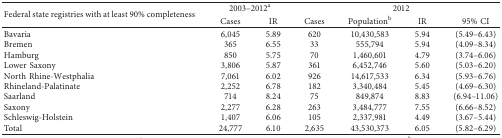
<table><thead><tr><td rowspan="2"><b>Federal state registries with at least 90% completeness</b></td><td colspan="2"><b>2003–2012<sup>a</sup></b></td><td colspan="4"><b>2012</b></td></tr><tr><td><b>Cases</b></td><td><b>IR</b></td><td><b>Cases</b></td><td><b>Population<sup>b</sup></b></td><td><b>IR</b></td><td><b>95% CI</b></td></tr></thead><tbody><tr><td>Bavaria</td><td>6,045</td><td>5.89</td><td>620</td><td>10,430,583</td><td>5.94</td><td>(5.49–6.43)</td></tr><tr><td>Bremen</td><td>365</td><td>6.55</td><td>33</td><td>555,794</td><td>5.94</td><td>(4.09–8.34)</td></tr><tr><td>Hamburg</td><td>850</td><td>5.75</td><td>70</td><td>1,460,601</td><td>4.79</td><td>(3.74–6.06)</td></tr><tr><td>Lower Saxony</td><td>3,806</td><td>5.87</td><td>361</td><td>6,452,746</td><td>5.60</td><td>(5.03–6.20)</td></tr><tr><td>North Rhine-Westphalia</td><td>7,061</td><td>6.02</td><td>926</td><td>14,617,533</td><td>6.34</td><td>(5.93–6.76)</td></tr><tr><td>Rhineland-Palatinate</td><td>2,252</td><td>6.78</td><td>182</td><td>3,340,484</td><td>5.45</td><td>(4.69–6.30)</td></tr><tr><td>Saarland</td><td>714</td><td>8.24</td><td>75</td><td>849,874</td><td>8.83</td><td>(6.94–11.06)</td></tr><tr><td>Saxony</td><td>2,277</td><td>6.28</td><td>263</td><td>3,484,777</td><td>7.55</td><td>(6.66–8.52)</td></tr><tr><td>Schleswig-Holstein</td><td>1,407</td><td>6.06</td><td>105</td><td>2,337,981</td><td>4.49</td><td>(3.67–5.44)</td></tr><tr><td>Total</td><td>24,777</td><td>6.10</td><td>2,635</td><td>43,530,373</td><td>6.05</td><td>(5.82–6.29)</td></tr></tbody></table>